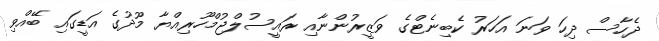
ދެހާސް ދިހަ ވަނަ އަހަރު ކެބިނެޓްގެ ވަޒީރުންނާއި ރައީސުލްޖުމްހޫރިއްޔާ މޫދުގެ އަޑީގައި ބޭއްވި